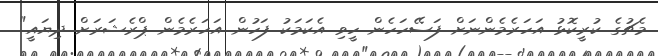
މެޗުގެ ކުރީކޮޅު އަހަރެމެންނަށް ފަސޭހަހެން ހީވި އެކަމަކު ފަހުން އަހަރެމެން ޕްރެޝަރަށް ދިޔައީ"